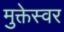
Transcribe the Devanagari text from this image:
मुक्तेस्वर